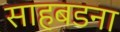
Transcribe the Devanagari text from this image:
साहबडना